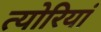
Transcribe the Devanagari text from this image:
त्योरियां